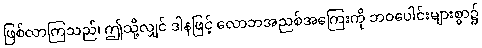
ဖြစ်လာကြသည်၊ ဤသို့လျှင် ဒါနဖြင့် လောဘအညစ်အကြေးကို ဘဝပေါင်းများစွာ၌